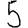
Digit: 5